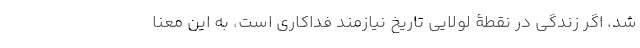
شد، اگر زندگی در نقطۀ لولایی تاریخ نیازمند فداکاری است، به این معنا